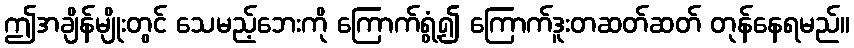
ဤအချိန်မျိုးတွင် သေမည့်ဘေးကို ကြောက်ရွံ့၍ ကြောက်ဒူးတဆတ်ဆတ် တုန်နေရမည်။